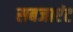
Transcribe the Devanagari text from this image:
सबजाएंट